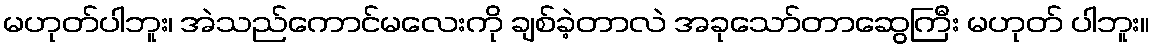
မဟုတ်ပါဘူး၊ အဲသည်ကောင်မလေးကို ချစ်ခဲ့တာလဲ အခုသော်တာဆွေကြီး မဟုတ် ပါဘူး။